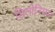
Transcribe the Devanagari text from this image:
सिलोनियम